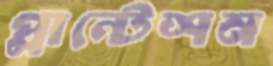
প্লান্টেশন